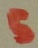
Text: 5